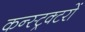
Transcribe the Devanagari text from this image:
कन्स्ट्रक्टरों